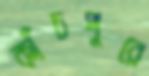
কাঁচপুরে